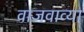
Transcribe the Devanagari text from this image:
वाजवाव्या